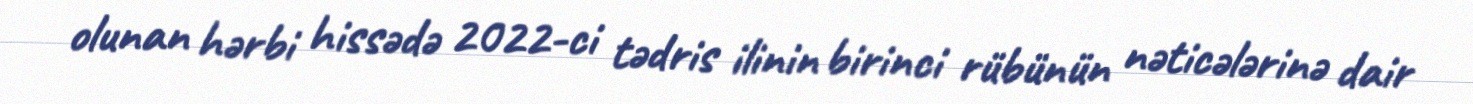
olunan hərbi hissədə 2022-ci tədris ilinin birinci rübünün nəticələrinə dair